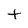
Character: t